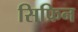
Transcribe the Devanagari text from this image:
सिफ्रिन